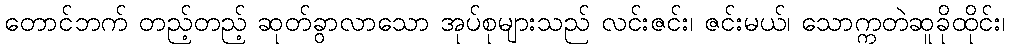
တောင်ဘက် တည့်တည့် ဆုတ်ခွာလာသော အုပ်စုများသည် လင်းဇင်း၊ ဇင်းမယ်၊ သောက္ကတဲဆူခိုထိုင်း၊